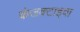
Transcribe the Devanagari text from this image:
कंजक्टाइवा